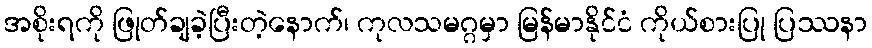
အစိုးရကို ဖြုတ်ချခဲ့ပြီးတဲ့နောက်၊ ကုလသမဂ္ဂမှာ မြန်မာနိုင်ငံ ကိုယ်စားပြု ပြဿနာ